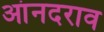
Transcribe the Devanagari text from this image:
आंनदराव